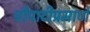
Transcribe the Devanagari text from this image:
चौपाटीप्रमाणे